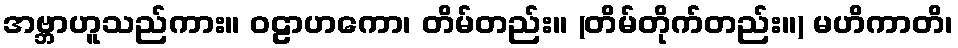
အဗ္ဘာဟူသည်ကား။ ဝဠာဟကော၊ တိမ်တည်း။ (တိမ်တိုက်တည်း။) မဟိကာတိ၊